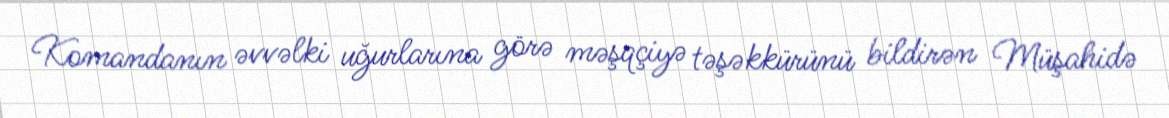
Komandanın əvvəlki uğurlarına görə məşqçiyə təşəkkürünü bildirən Müşahidə